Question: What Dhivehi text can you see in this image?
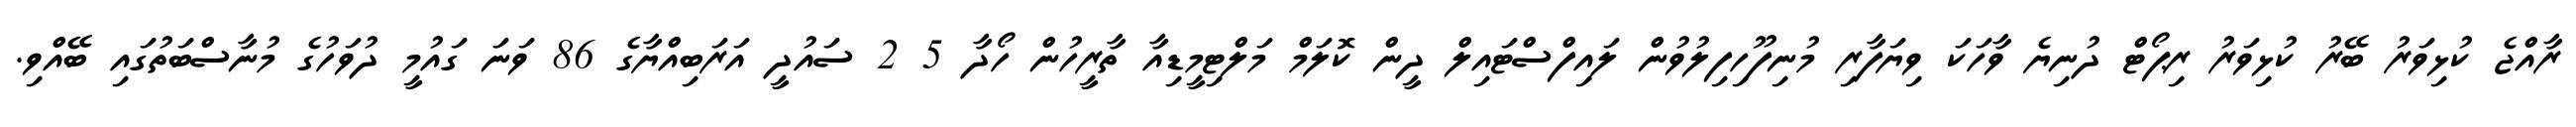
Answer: ރާއްޖެ ކުޅިވަރު ބޭރު ކުޅިވަރު ރިޕޯޓް ދުނިޔެ ވާހަކަ ވިޔަފާރި މުނިފޫހިފިލުވުން ލައިފްސްޓައިލް ދީން ކޮލަމް މަލްޓިމީޑިއާ ތާރީހުން ހޯދާ 5 2 ސައުދީ އަރަބިއްޔާގެ 86 ވަނަ ގައުމީ ދުވަހުގެ މުނާސްބަތުގައި ބޭއްވި.